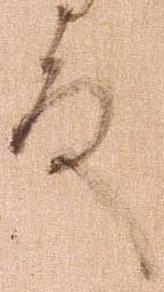
殿